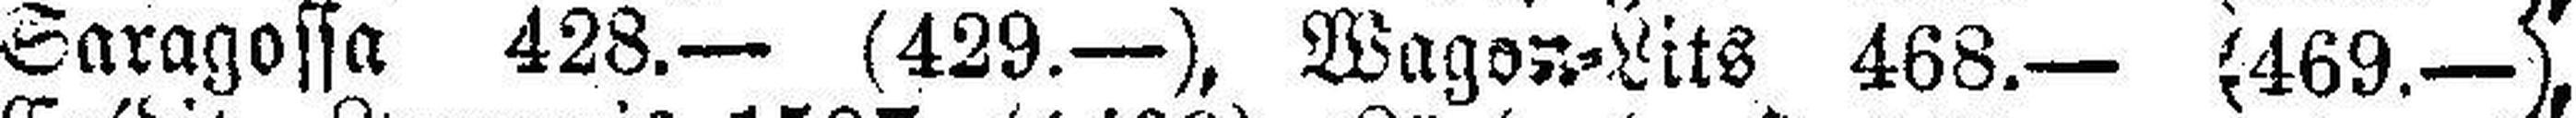
Saragossa 428.— (429.—), Wagon=Lits 468.— (469.—),